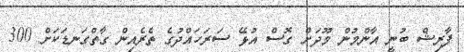
ފާރިޝް ބުނީ އާންމުން މޫދަށް ގޮސް އުޅޭ ސަރަހައްދުގެ ތެރެއިން ގާތްގަނޑަކަށް 300